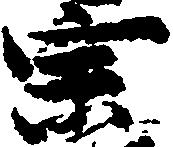
宗